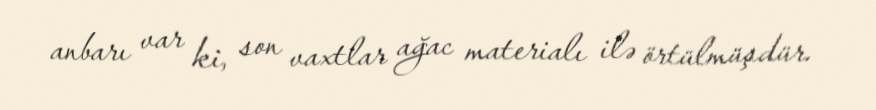
anbarı var ki, son vaxtlar ağac materialı ilə örtülmüşdür.